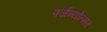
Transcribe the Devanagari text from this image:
पर्जन्योत्सव